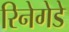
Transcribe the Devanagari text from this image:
रिनेगेडे